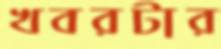
খবরটার